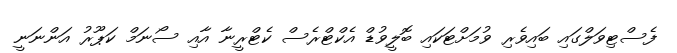
ފެސްޓިވަލްގައި ބައިވެރި ވުމަށްޓަކައި ބޮލީވުޑް އެކްޓްރެސް ކެޓްރީނާ އާއި ސޯނަމް ކަޕޫރު އަންނަނީ